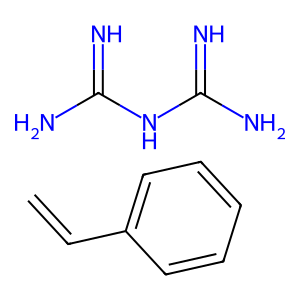
SMILES: C=Cc1ccccc1.N=C(N)NC(=N)N
Inhibits HIV replication: No